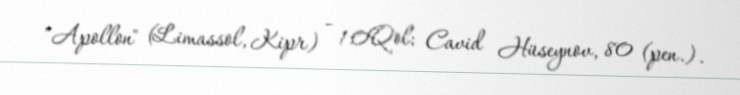
"Apollon" (Limassol, Kipr) - 1:0Qol: Cavid Hüseynov, 80 (pen.).